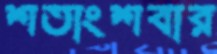
শতাংশবার